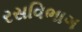
રસવિભાગ